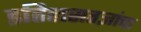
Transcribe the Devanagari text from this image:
इतिहासतज्ञांचा